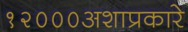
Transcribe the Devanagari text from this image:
१२०००अशाप्रकारे